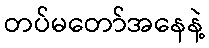
တပ်မတော်အနေနဲ့